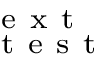
_ \mathrm { ~ t ~ e ~ s ~ t ~ } ^ { \mathrm { ~ e ~ x ~ t ~ } }